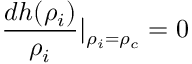
\frac { d h ( \rho _ { i } ) } { \rho _ { i } } | _ { \rho _ { i } = \rho _ { c } } = 0